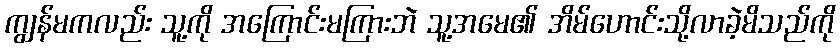
ကျွန်မကလည်း သူ့ကို အကြောင်းမကြားဘဲ သူ့အမေ၏ အိမ်ဟောင်းသို့လာခဲ့မိသည်ကို